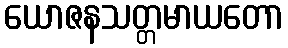
ယောဇနသတ္တမာယတော